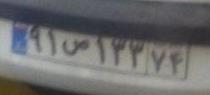
۹۱ص۱۳۷۴